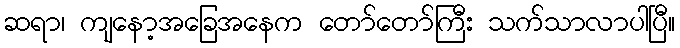
ဆရာ၊ ကျနော့အခြေအနေက တော်တော်ကြီး သက်သာလာပါပြီ။